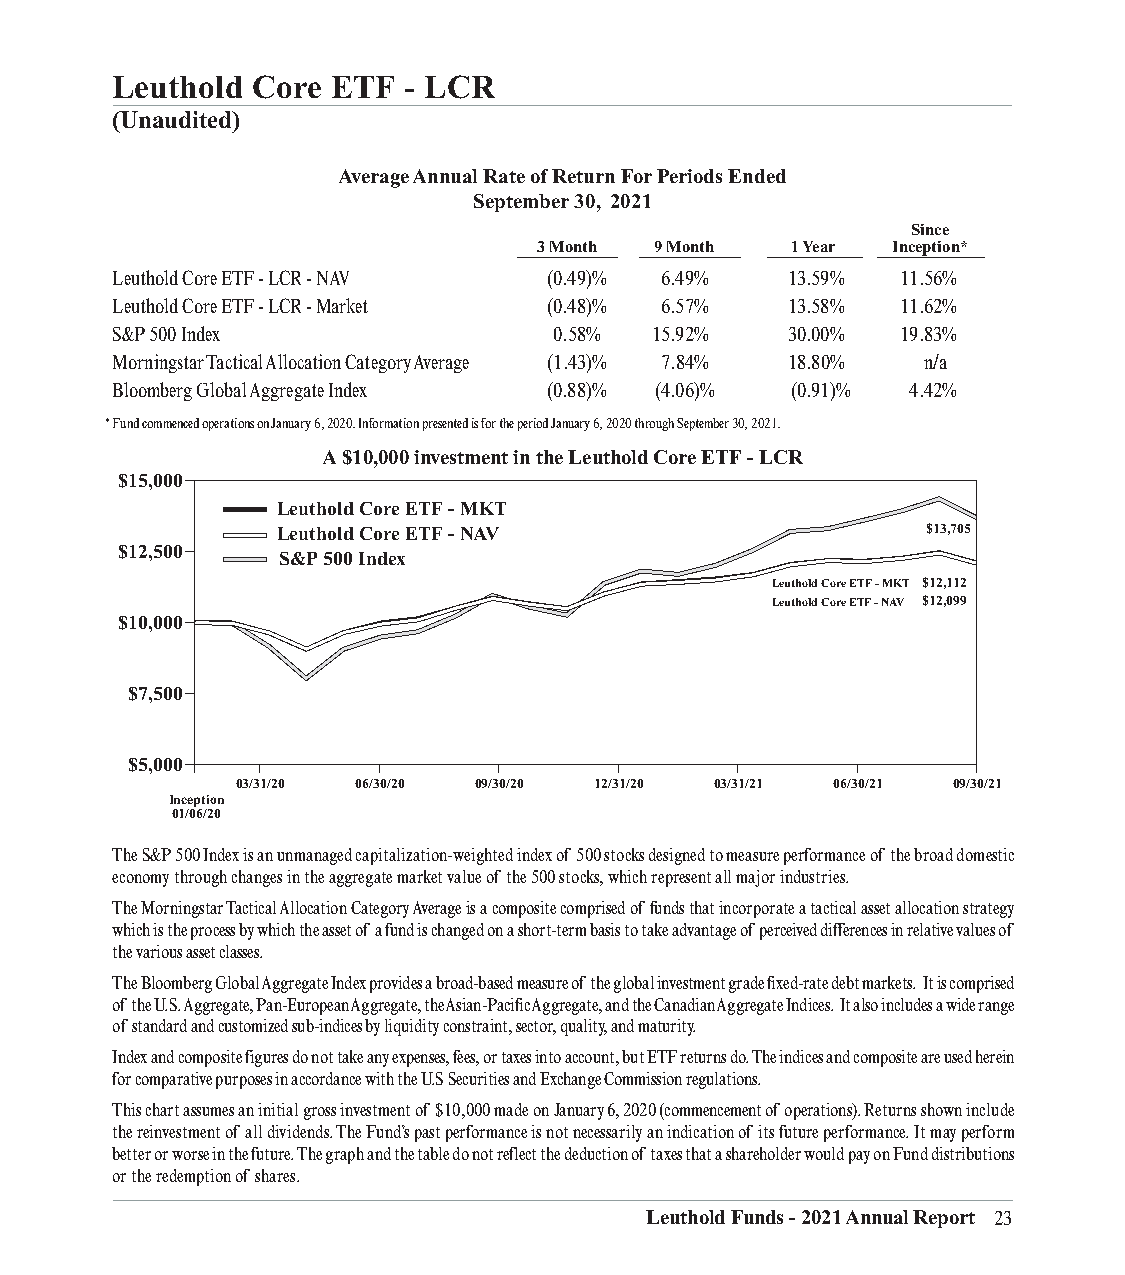
Leuthold  Core ETF  - LCR
 (Unaudited)
 Average Annual Rate of Return For Periods Ended
 September 30, 2021
 Since
 3 Month 9 Month 1 Year Inception*
 ___________________ __________________ __________________ _________________ ___________________
 Leuthold Core ETF - LCR - NAV (0.49)% 6.49%  13.59%  11.56%
 Leuthold Core ETF - LCR - Market (0.48)% 6.57% 13.58% 11.62%
 S&P 500 Index                 0.58% 15.92%   30.00%  19.83%
 Morningstar Tactical Allocation Category Average (1.43)% 7.84% 18.80% .n/a
 Bloomberg Global Aggregate Index (0.88)% (4.06)% (0.91)% 4.42%
 * Fund commenced operations on January 6, 2020. Information presented is for the period January 6, 2020 through September 30, 2021.
 A $10,000 investment in the Leuthold Core ETF - LCR
 $15,000
 Leuthold Core ETF - MKT
 Leuthold Core ETF - NAV                    $13,705
 $12,500
 S&P 500 Index
 Leuthold Core ETF - MKT $12,112
 Leuthold Core ETF - NAV $12,099
 $10,000
 $7,500
 $5,000
 03/31/20 06/30/20 09/30/20 12/31/20 03/31/21 06/30/21 09/30/21
 Inception
 01/06/20
 The S&P 500 Index is an unmanaged capitalization-weighted index of 500 stocks designed to measure performance of the broad domestic
 economy through changes in the aggregate market value of the 500 stocks, which represent all major industries.
 The Morningstar Tactical Allocation Category Average is a composite comprised of funds that incorporate a tactical asset allocation strategy
 which is the process by which the asset of a fund is changed on a short-term basis to take advantage of perceived differences in relative values of
 the various asset classes.
 The Bloomberg Global Aggregate Index provides a broad-based measure of the global investment grade fixed-rate debt markets. It is comprised
 of the U.S. Aggregate, Pan-European Aggregate, the Asian-Pacific Aggregate, and the Canadian Aggregate Indices. It also includes a wide range
 of standard and customized sub-indices by liquidity constraint, sector, quality, and maturity.
 Index and composite figures do not take any expenses, fees, or taxes into account, but ETF returns do. The indices and composite are used herein
 for comparative purposes in accordance with the U.S Securities and Exchange Commission regulations.
 This chart assumes an initial gross investment of $10,000 made on January 6, 2020 (commencement of operations). Returns shown include
 the reinvestment of all dividends. The Fund’s past performance is not necessarily an indication of its future performance. It may perform
 better or worse in the future. The graph and the table do not reflect the deduction of taxes that a shareholder would pay on Fund distributions
 or the redemption of shares.
 Leuthold Funds - 2021 Annual Report 23